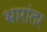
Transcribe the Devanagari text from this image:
भारांतर